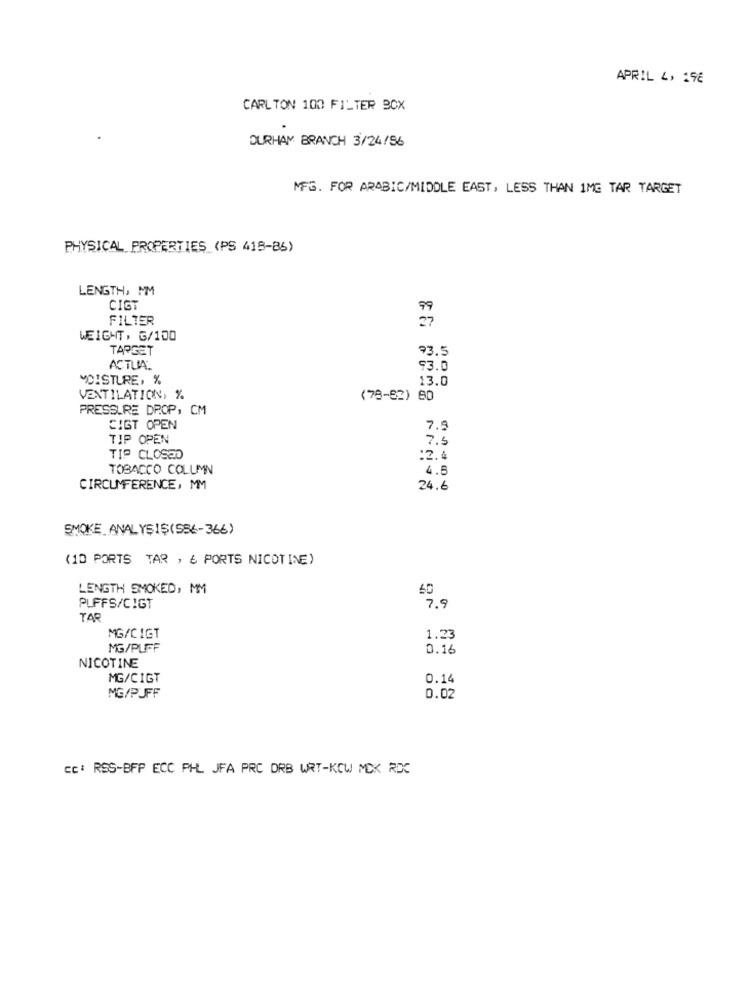
APRIL 4, 196
CARLTON 100 FILTER BCX
DURHAM BRANCH 3/24/96
MFG. FOR ARABIC/MIDDLE EAST, LESS THAN 1MG TAR TARGET
PHYSICAL PROPERTIES (PS 419-86)
LENGTH, MM
CIGT
FILTER
WEIGHT, G/100
TARGET
73.5
ACTUAL
93.0
MOISTURE, %
13.0
VENTILATION, %
(78-22) 80
PRESSURE DROP, CM
SIGT OPEN
7.5
TIP OPEN
7.5
TIP CLOSED
:2.4
TOBACCO COLUMN
4.5
CIRCUMFERENCE, MM
24.6
SMOKE ANALYŞIŞ(586-366)
(10 PORTS TAR , 6 PORTS NICOTINE)
LENGTH SMOKED, MM
60
PUFFS/CIGT
7.9
TAR
MG/CIGT
1.23
MG/PUFF
0.16
NICOTINE
MG/CIGT
0.14
MG/PUFF
0.02
cc: RSS-BFP ECC PHL JFA PRC DRB WRT-KOW MCK RDC